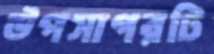
উপসাগরটি